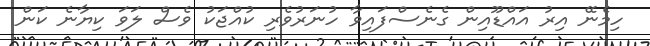
ހިމެނޭ އިރު އައްޑޫއިން ގެނެސްފައިވާ ހުނަރުވެރި ކުއްޖަކު ވެސް ލަވަ ކިޔާނެ ކަން